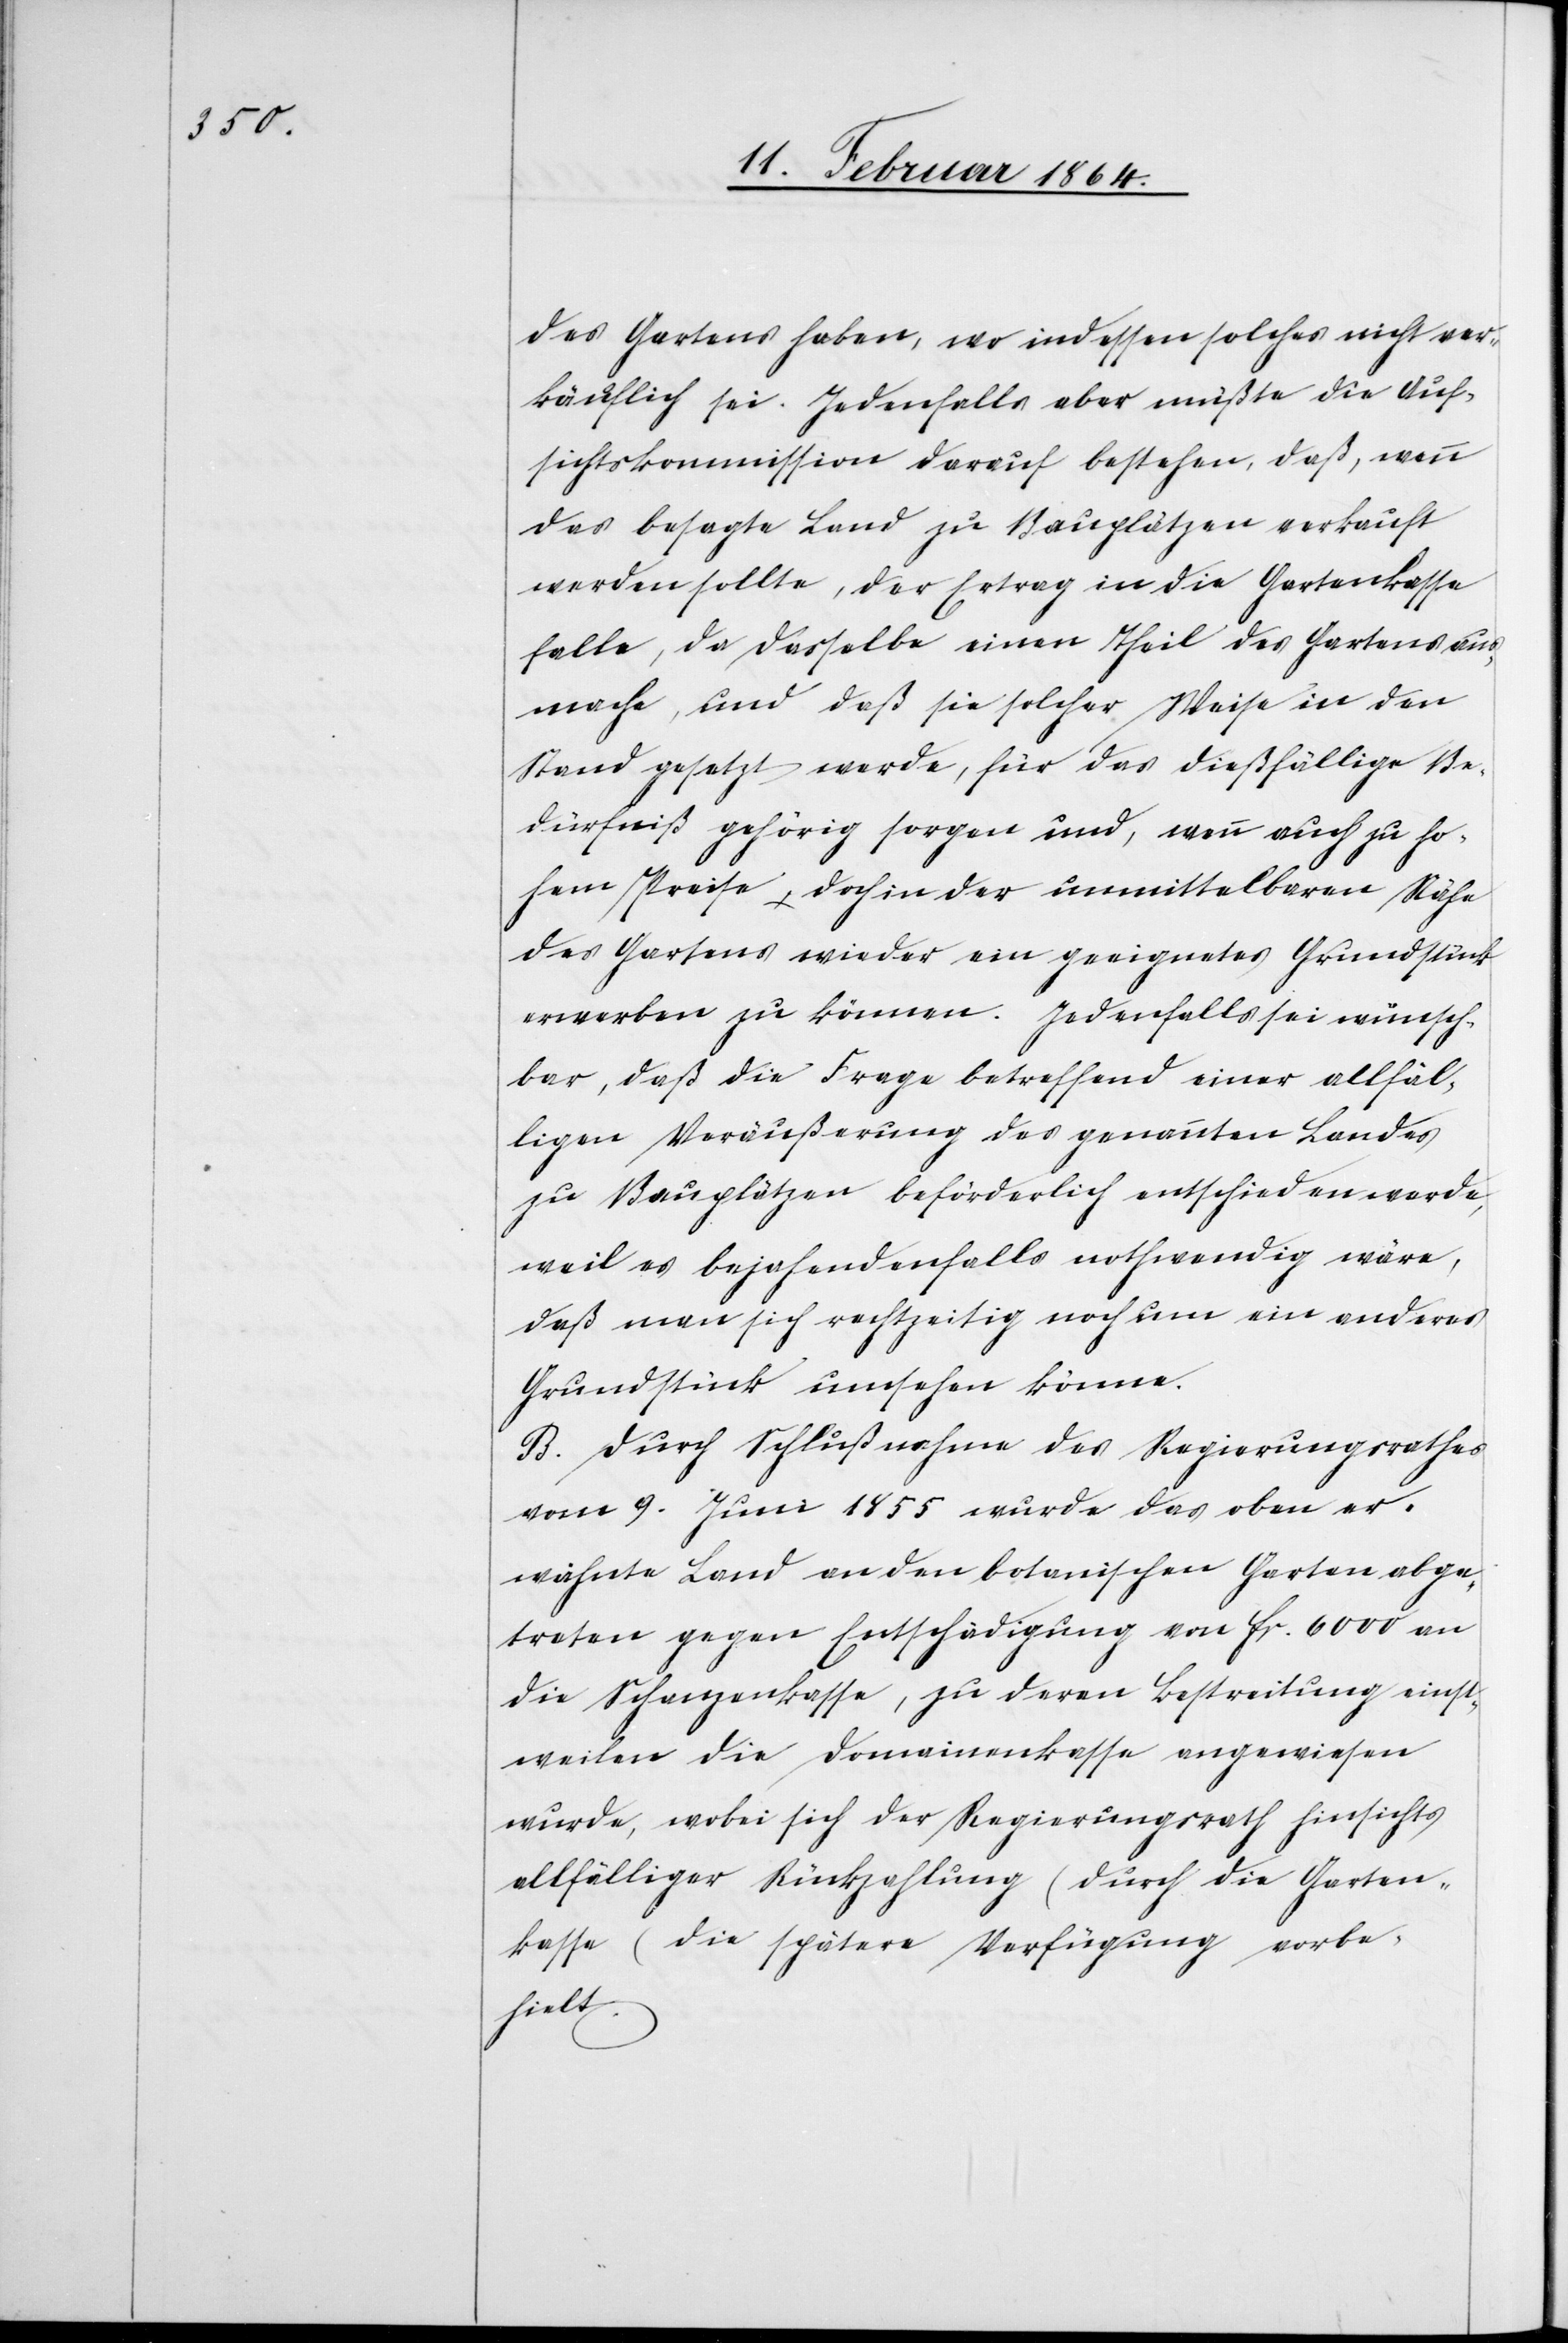
des Gartens haben, wo indessen solches nicht ver¬
käuflich sei. Jedenfalls aber müßte die Auf¬
sichtskommission darauf bestehen, daß, wenn
das besagte Land zu Bauplätzen verkauft
werden sollte, der Ertrag in die Gartenkasse
falle, da dasselbe einen Theil des Gartens aus¬
mache, und daß sie solcher Weise in den
Stand gesetzt werde, für das dießfällige Be¬
dürfniß gehörig sorgen und, wenn auch zu ho¬
hem Preise, doch in der unmittelbaren Nähe
des Gartens wieder ein geeignetes Grundstück
erwerben zu können. Jedenfalls sei wünsch¬
bar, daß die Frage betreffend einer allfäl¬
ligen Veräußerung des genannten Landes
zu Bauplätzen beförderlich entschieden werde,
weil es bejahendenfalls nothwendig wäre,
daß man sich rechtzeitig noch um ein anderes
Grundstück umsehen könne.
B. Durch Schlußnahme des Regierungsrathes
vom 9. Juni 1855 wurde das oben er¬
wähnte Land an den botanischen Garten abge¬
treten gegen Entschädigung von fr. 6000 an
die Schanzenkasse, zu deren Bestreitung einst¬
weilen die Domainenkasse angewiesen
wurde, wobei sich der Regierungsrath hinsichts
allfälliger Rückzahlung (durch die Garten¬
kasse) die spätere Verfügung vorbe¬
hielt.